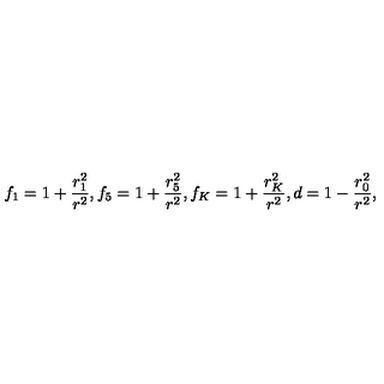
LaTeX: f _ { 1 } = 1 + { \frac { r _ { 1 } ^ { 2 } } { r ^ { 2 } } } , f _ { 5 } = 1 + { \frac { r _ { 5 } ^ { 2 } } { r ^ { 2 } } } , f _ { K } = 1 + { \frac { r _ { K } ^ { 2 } } { r ^ { 2 } } } , d = 1 - { \frac { r _ { 0 } ^ { 2 } } { r ^ { 2 } } } ,